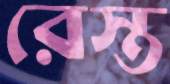
রেস্ত